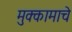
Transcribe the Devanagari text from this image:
मुक्कामाचे